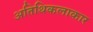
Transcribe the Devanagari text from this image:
अतिथिकलाकार